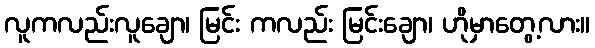
လူကလည်းလူချော၊ မြင်း ကလည်း မြင်းချော၊ ဟိုမှာတွေ့လား။